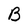
Character: B